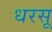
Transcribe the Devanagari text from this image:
धरसू